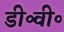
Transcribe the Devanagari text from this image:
डी॰वी॰